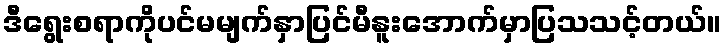
ဒီရွေးစရာကိုပင်မမျက်နှာပြင်မီနူးအောက်မှာပြသသင့်တယ်။